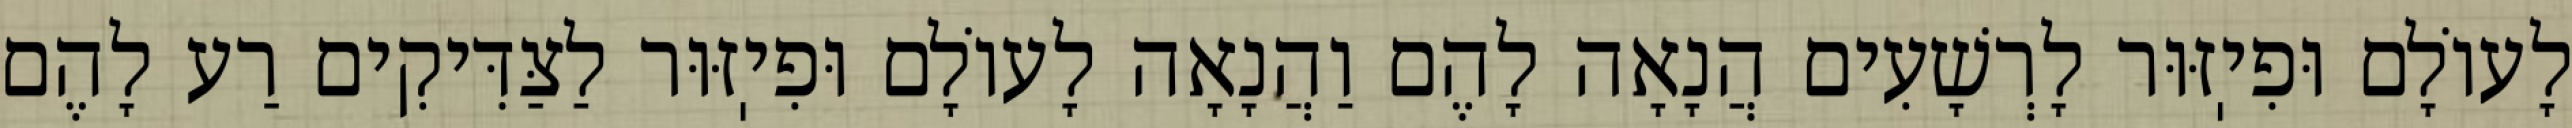
לָעוֹלָם וּפִיֽזּוּר לָרְשָׁעִים הֲנָאָה לָהֶם וַהֲנָאָה לָעוֹלָם וּפִיֽזּוּר לַצַּדִּיקִים רַע לָהֶם